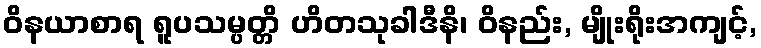
ဝိနယာစာရ ရူပသမ္ပတ္တိ ဟိတသုခါဒီနိ၊ ဝိနည်း, မျိုးရိုးအကျင့်,